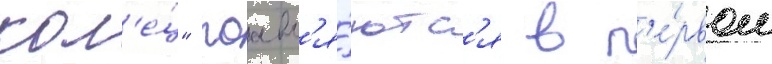
кол'е́ц" поавл'я́ютс'я в п'е́рвом